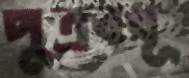
পুত্রবধূ